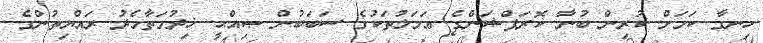
ހިނގާ ކަމަށް ކުރިން ބުނާ ކޮރަޕްޝަންގެ ޢަމަލުތަކުގެ ސަބަބުން ޞިއްޙީ ޚިދުމަތާމެދު ރައްޔިތުންގެ